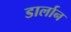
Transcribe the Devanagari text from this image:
डार्लान